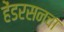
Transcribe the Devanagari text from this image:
हेंडरसनचा